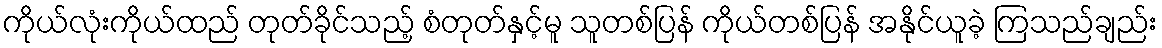
ကိုယ်လုံးကိုယ်ထည် တုတ်ခိုင်သည့် စံတုတ်နှင့်မူ သူတစ်ပြန် ကိုယ်တစ်ပြန် အနိုင်ယူခဲ့ ကြသည်ချည်း